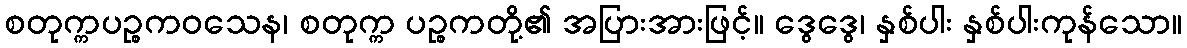
စတုက္ကပဉ္စကဝသေန၊ စတုက္က ပဉ္စကတို့၏ အပြားအားဖြင့်။ ဒွေဒွေ၊ နှစ်ပါး နှစ်ပါးကုန်သော။